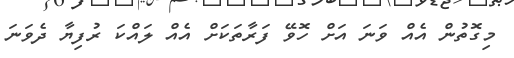
މިގޮތުން އެއް ވަނަ އަށް ހޮވޭ ފަރާތަކަށް އެއް ލައްކަ ރުފިޔާ ދެވަނަ